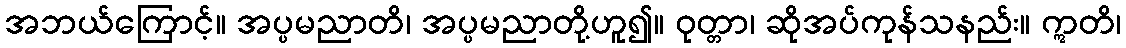
အဘယ်ကြောင့်။ အပ္ပမညာတိ၊ အပ္ပမညာတို့ဟူ၍။ ဝုတ္တာ၊ ဆိုအပ်ကုန်သနည်း။ ဣတိ၊